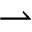
\rightharpoonup